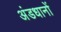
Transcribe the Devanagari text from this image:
अंडधानों